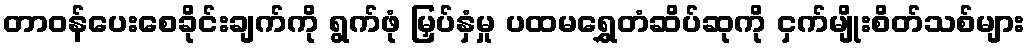
တာဝန်ပေးစေခိုင်းချက်ကို ရွက်ဖုံ မြှပ်နှံမှု ပထမရွှေတံဆိပ်ဆုကို ငှက်မျိုးစိတ်သစ်များ